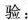
验：